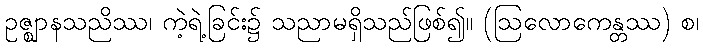
ဥဇ္ဈာနသညိဿ၊ ကဲ့ရဲ့ခြင်း၌ သညာမရှိသည်ဖြစ်၍။ (ဩလောကေန္တဿ) စ၊